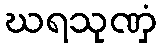
ဃရသုဏှံ